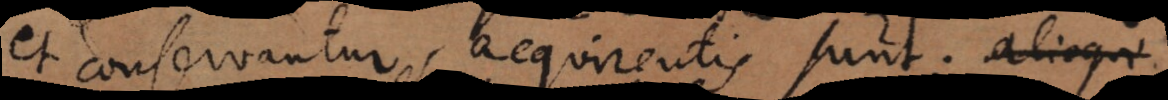
et conservantur, acquirentis sunt; alioqui